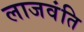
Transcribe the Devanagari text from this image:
लाजवंति